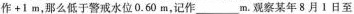
作+1m，那么低于警戒水位0.60m，记作___m。观察某年8月Ⅰ日至